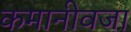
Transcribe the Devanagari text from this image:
कमानीवजा